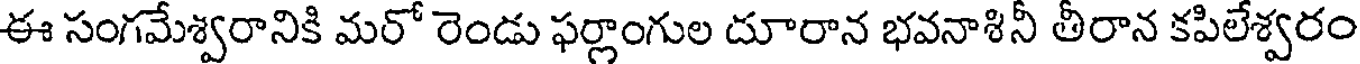
ఈ సంగమేశ్వరానికి మరో రెండు ఫర్లాంగుల దూరాన భవనాశినీ తీరాన కపిలేశ్వరం